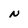
Character: N